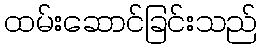
ထမ်းဆောင်ခြင်းသည်